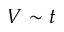
V \sim t